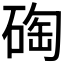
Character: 𥓮